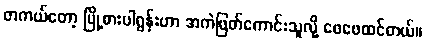
တကယ်တော့ မြို့စားပါရွန်းဟာ အကဲဖြတ်ကောင်းသူလို့ ဖေဖေထင်တယ်။